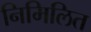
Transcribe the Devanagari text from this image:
निमिलित